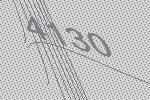
4130